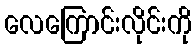
လေကြောင်းလိုင်းကို